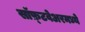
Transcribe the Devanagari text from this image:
सॉफ़्टवेअरमध्ये